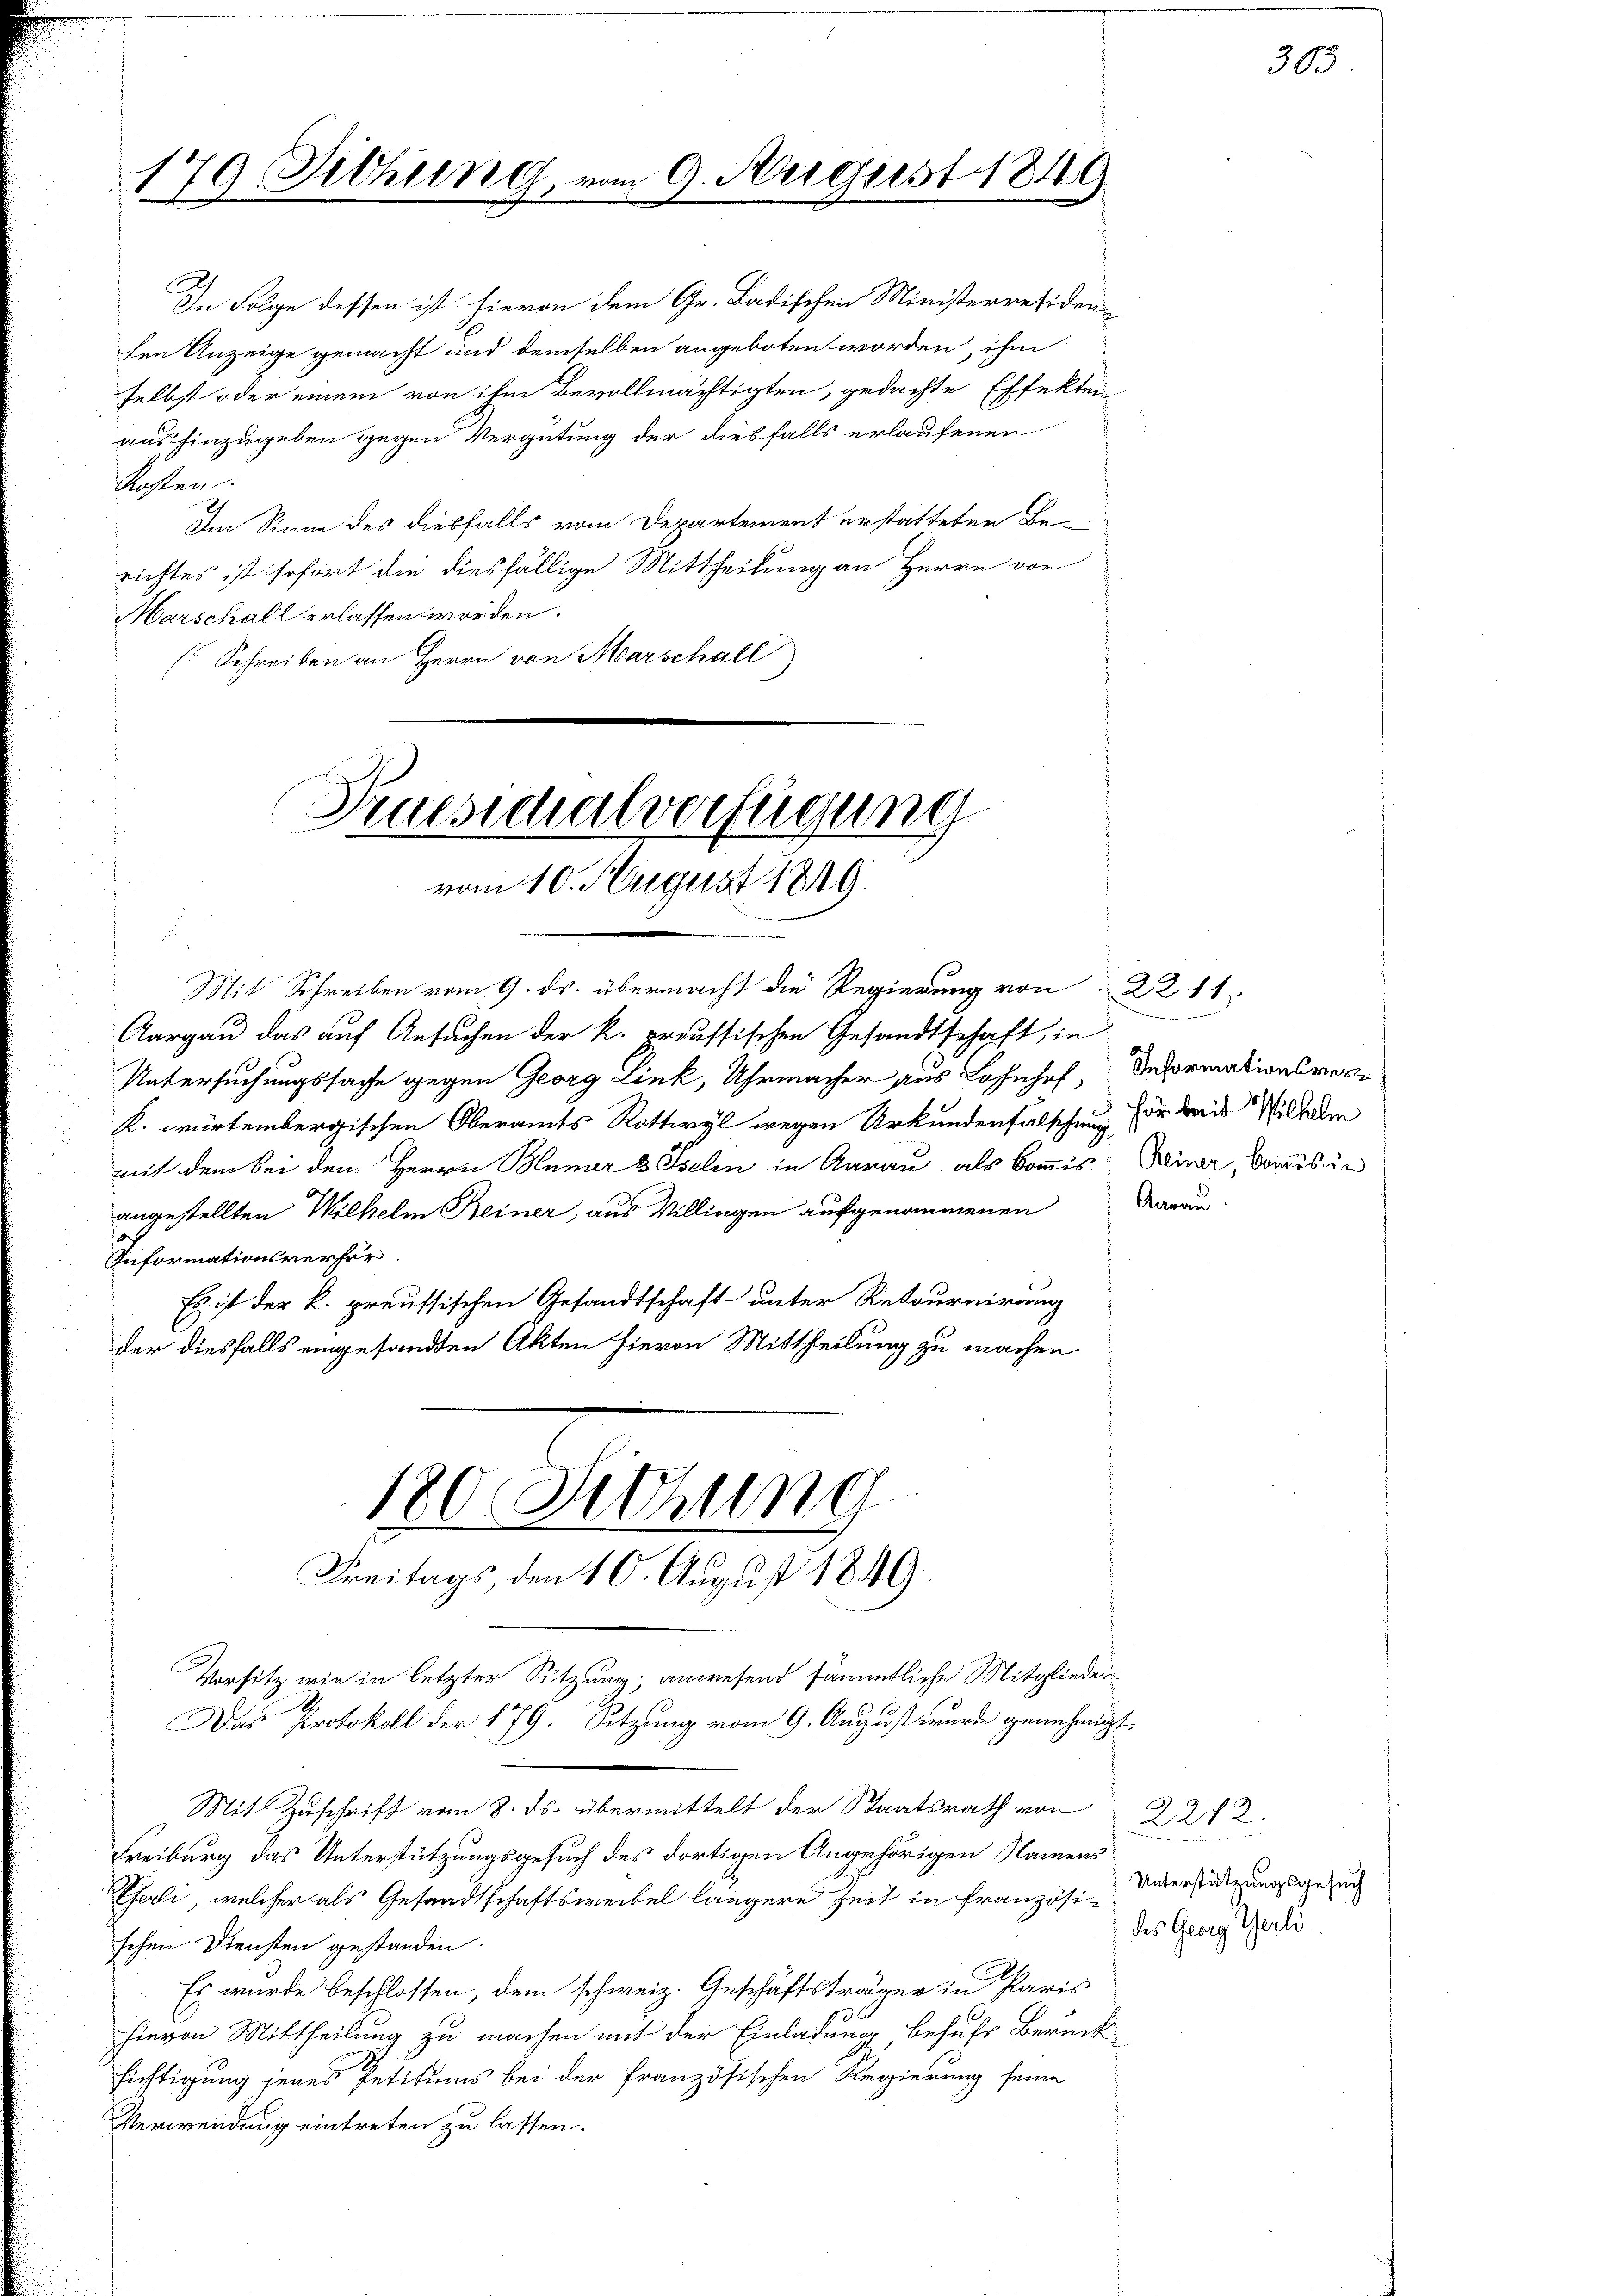
179 Sitzung.

In Folge dessen ist hievon dem Gr. Badischen Ministerresiden
ten Anzeige gemacht und demselben angeboten worden, ihm
selbst oder einem von ihm Bevollmächtigten, gedachte Effekten
aus hinzugeben gegen Vergütung der diesfalls erlaufenen
Kosten.
h
Im Sinne des diesfalls vom Departement erstatteten Berichtes ist sofort die diesfällige Mittheilung an Herrn von
Marschall erlassen worden.
Schreiben an Herrn von Marschall)

Druesschalverfügung
vom 10. August 1849.

9. August 1849

Mit Schreiben vom 9. ds. übermacht die Regierung von 22 11
Aargau das auf Ansuchen der k. preussischen Gesandtschaft, in
Untersuchungssache gegen Georg Link, Uhrmacher aus Lohnhof, Reformationsrece
k. würtembergischen Oberandes Rottwyl wegen Urkundenfalschen Er das Wilhelm
mit dem bei dem Herrn Blümer 3 Iselin in Aarau, als kommis Kenner, kommis in
ingestellten Wilhelm Heiner, aus Willingen aufgenommenen
nformationsverfor¬
Es ist der k. preussischen Gesandtschaft unter Retournirung
der diesfalls eingesandten Akten hievon Mittheilung zu machen.
180. Sitzung
Freitags, den 10. August 1849.
Vorsitz wie in letzter Sitzung; anwesend sämmtliche Mitglieder
Das Protokoll der 179. Sitzung vom 9. August wurde genehmigt
Mit Zuschrift vom 8. ds. übermittelt der Staatsrath von
reiburg das Unterstützungsgesuch des dortigen Angehörigen Namens
eli, welcher als Gesandtschaftsweibel längere Zeit in Französichen Diensten gestanden.
Es wurde beschlossen, dem schweiz. Geschäftsträger in Paris
hievon Mittheilung zu machen mit der Einladung behufs Berück
lichtigung jenes Petitums bei der Französischen Regierung seine
Verwendung eintreten zu lassen.

.

303

2212.
Unterstützungsgesuch
des Georg Gerli